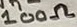
Text: 100Ω